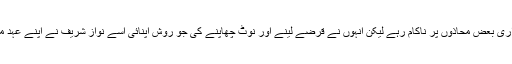
آصف علی زرداری بعض محاذوں پر ناکام رہے لیکن انہوں نے قرضے لینے اور نوٹ چھاپنے کی جو روش اپنائی اسے نواز شریف نے اپنے عہد میں جاری رکھا۔